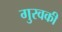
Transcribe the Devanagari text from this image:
गुरवकी